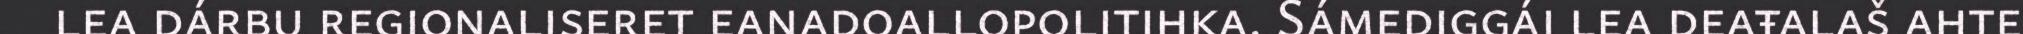
lea dárbu regionaliseret eanadoallopolitihka. Sámediggái lea deaŧalaš ahte